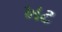
ખટ